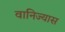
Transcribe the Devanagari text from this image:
वानिज्यास